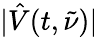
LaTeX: |\hat{V}(t,\tilde{\nu})|